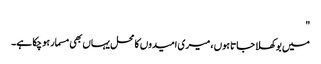
"
میں بوکھلا جاتا ہوں ، میری امیدوں کا محل یہاں بھی مسمار ہو چکا ہے۔